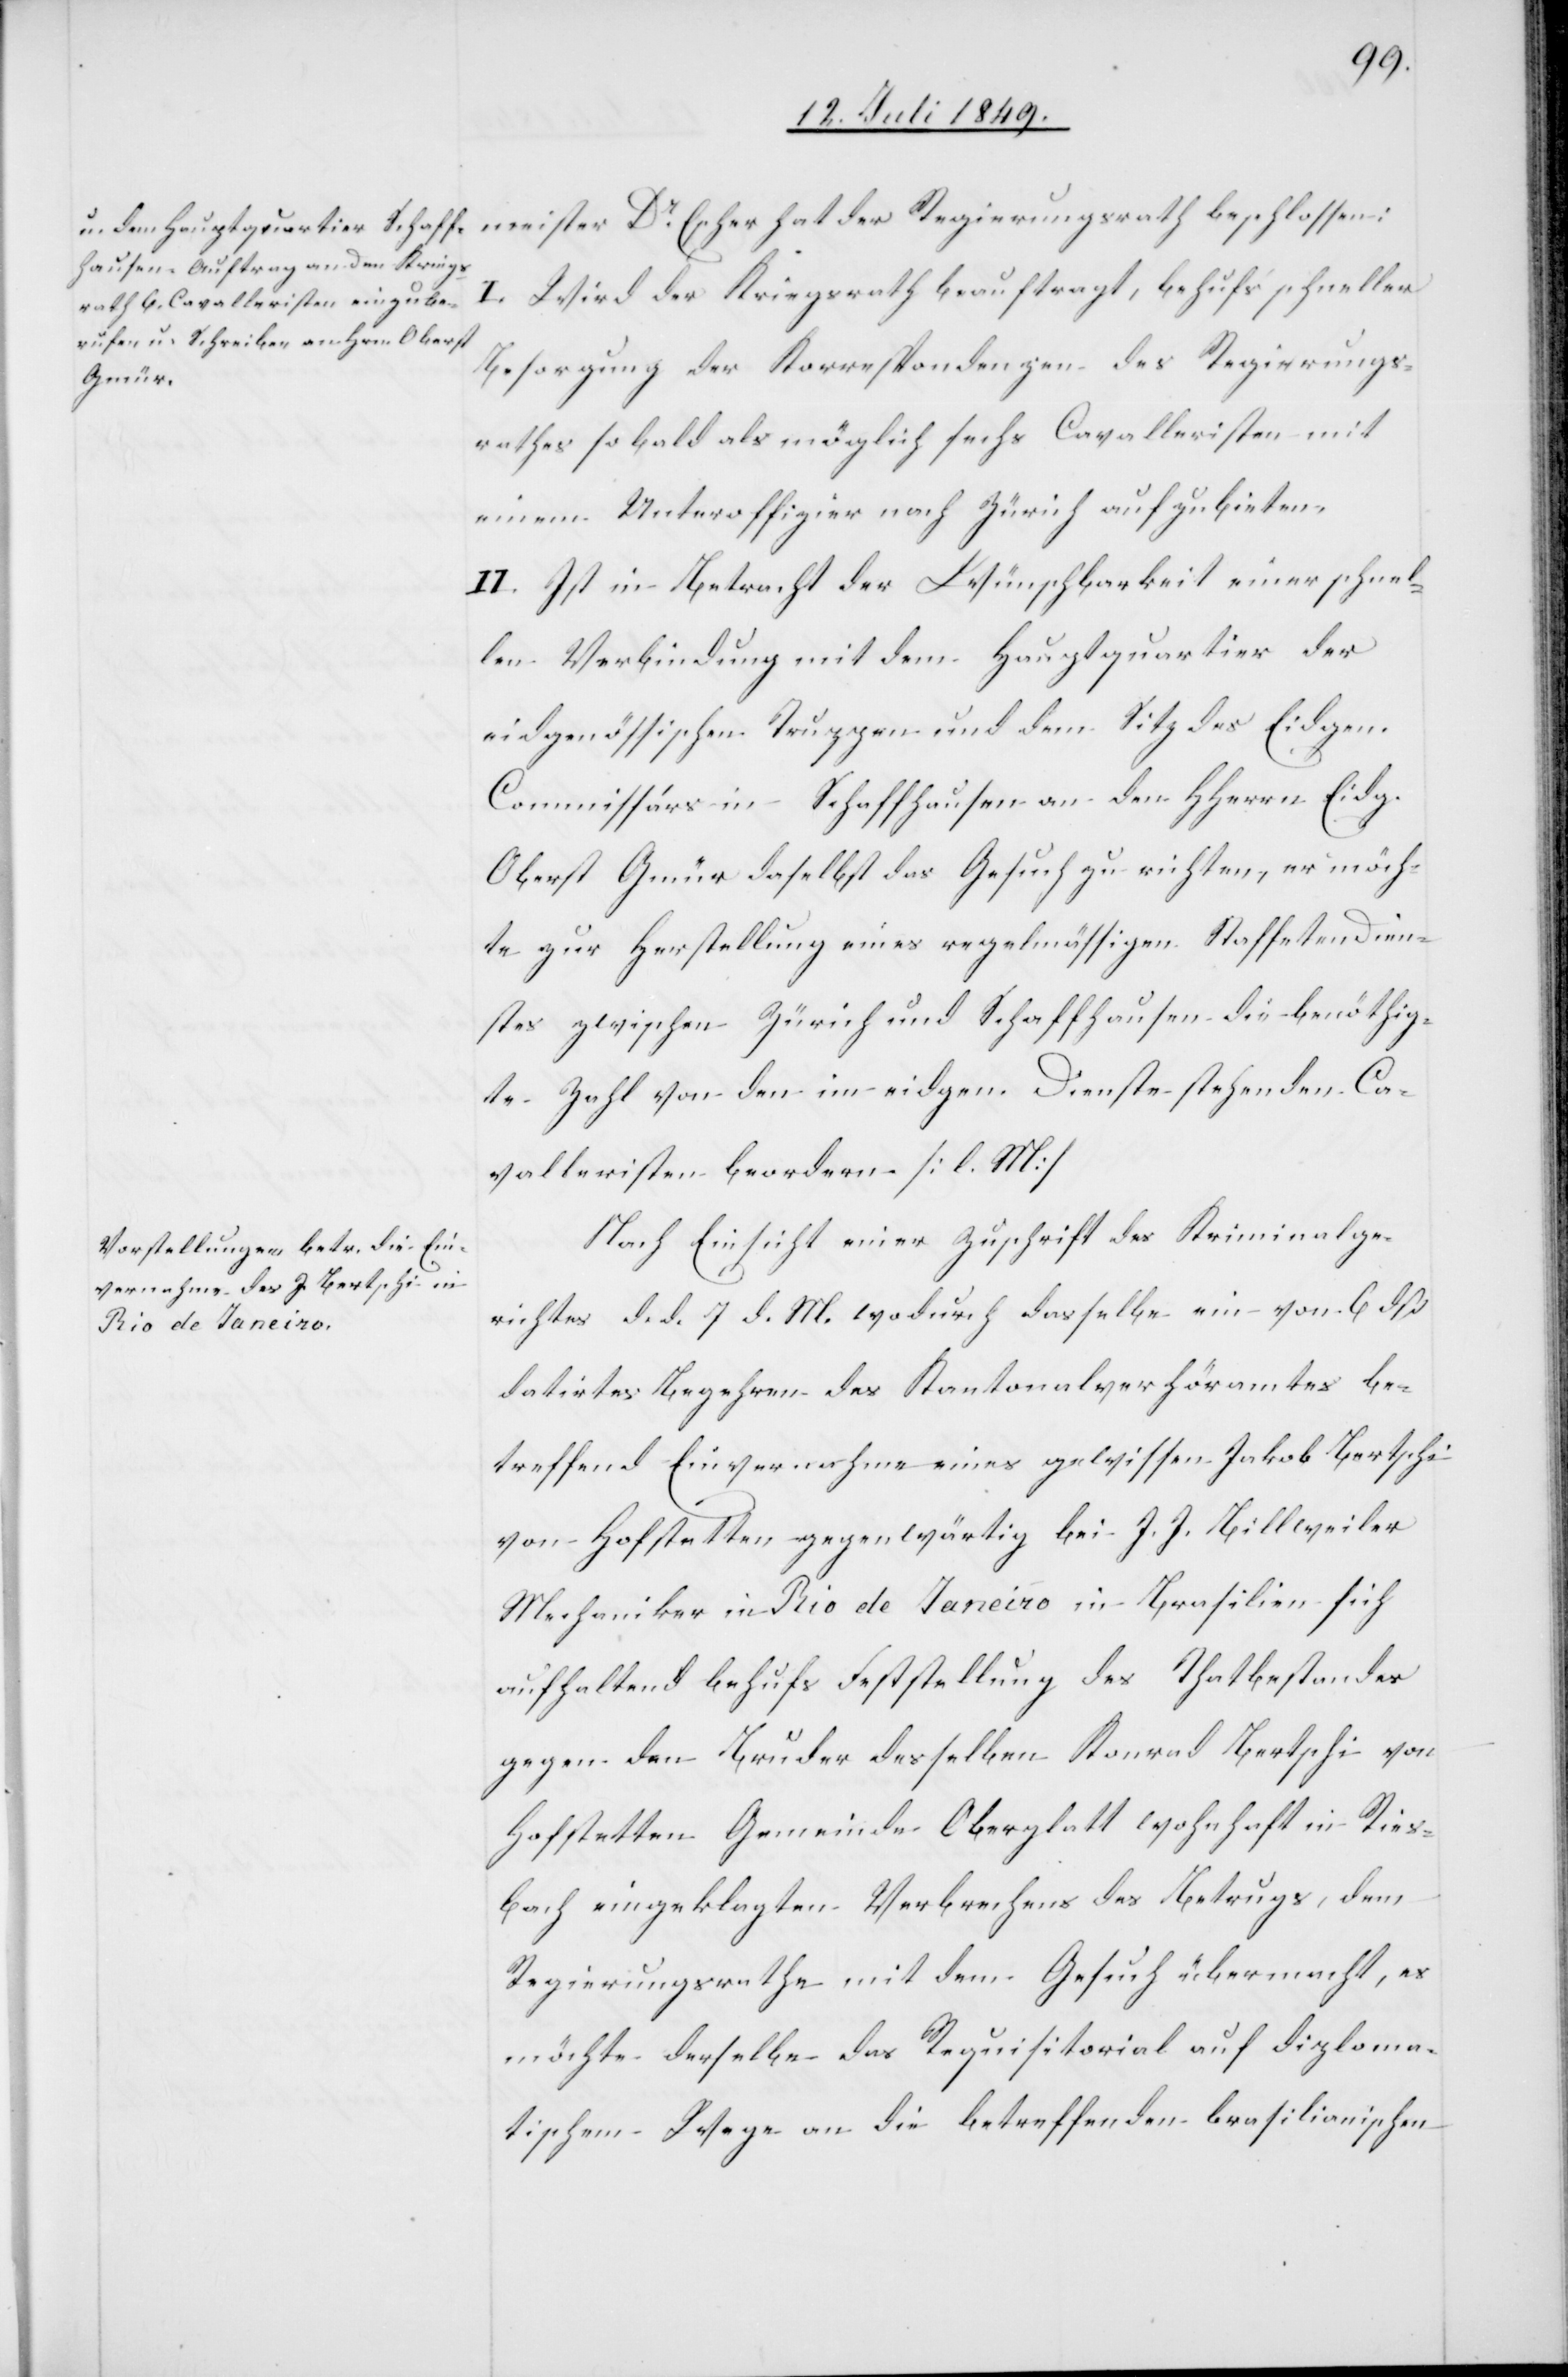
meister Dr Escher hat der Regierungsrath beschlossen:
I. Wird der Kriegsrath beauftragt, behufs schneller
Besorgung der Korrespondenzen des Regierungs¬
rathes so bald als möglich sechs Cavalleristen mit
einem Unteroffizier nach Zürich aufzubieten.
II. Ist in Betracht der Wünschbarkeit einer schnel¬
len Verbindung mit dem Hauptquartier der
eidgenössischen Truppen und dem Sitz des Eidgen.
Commissärs in Schaffhausen an den HHerrn Eidg.
Oberst Gmür daselbst das Gesuch zu richten, er möch¬
te zur Herstellung eines regelmässigen Staffetendien¬
stes zwischen Zürich und Schaffhausen die benöthig¬
te Zahl von den im eidgen. Dienste stehenden Ca¬
velleristen beordern. [l. M]
Nach Einsicht einer Zuschrift des Kriminalge¬
richtes d. d. 7. d. M. wodurch dasselbe ein von 6 dß
datirtes Begehren des Kantonalverhöramtes be¬
treffend Einvernahme eines gewissen Jakob Bertschi
von Hofstetten gegenwärtig bei J. J. Billweiler
Mechaniker in Rio de Janeiro in Brasilien sich
aufhaltend behufs Feststellung des Thatbestandes
gegen den Bruder desselben Konrad Bertschi von
Hofstetten Gemeinde Oberglatt wohnhaft in Ries¬
bach eingeklagten Verbrechens des Betrugs, dem
Regierungsrathe mit dem Gesuch übermacht, es
möchte derselbe das Requisitorial auf diploma¬
tischem Wege an die betreffenden brasilianischen